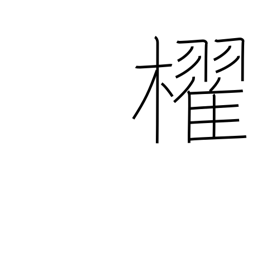
Meaning: paddle